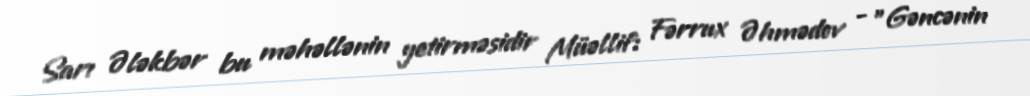
Sarı Ələkbər bu məhəllənin yetirməsidir Müəllif: Fərrux Əhmədov - "Gəncənin